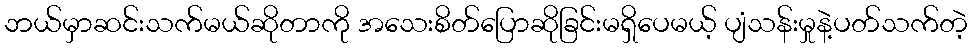
ဘယ်မှာဆင်းသက်မယ်ဆိုတာကို အသေးစိတ်ပြောဆိုခြင်းမရှိပေမယ့် ပျံသန်းမှုနဲ့ပတ်သက်တဲ့